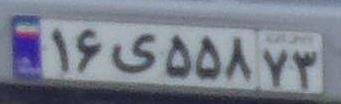
۱۶ی۵۵۸۷۳